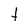
Character: t